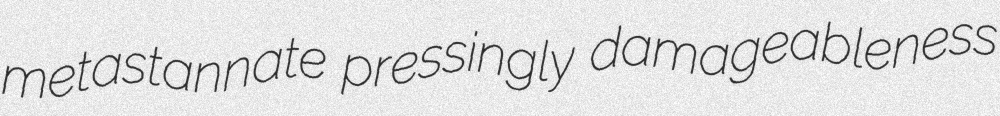
metastannate pressingly damageableness